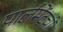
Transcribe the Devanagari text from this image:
पार्लमेंटची